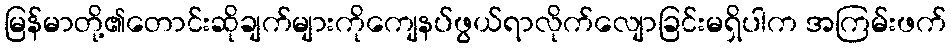
မြန်မာတို့၏တောင်းဆိုချက်များကိုကျေနပ်ဖွယ်ရာလိုက်လျောခြင်းမရှိပါက အကြမ်းဖက်